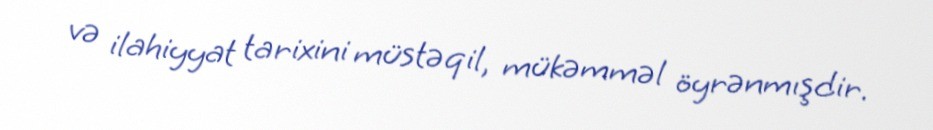
və ilahiyyat tarixini müstəqil, mükəmməl öyrənmışdir.